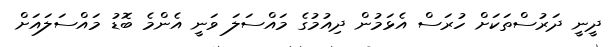
ދީނީ ދަރުސްތަކަށް ހުރަސް އެޅަމުން ދިއުމުގެ މައްސަލަ ވަނީ އެންމެ ބޮޑު މައްސަލައަށް